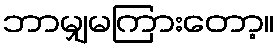
ဘာမျှမကြားတော့။